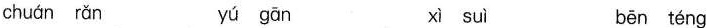
chuán rǎn yú gān xì suì bēn téng